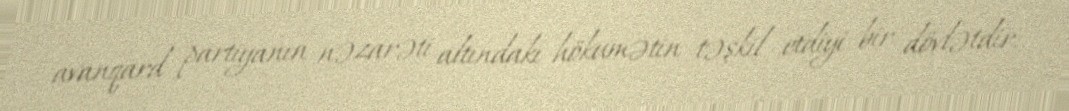
avanqard partiyanın nəzarəti altındakı hökumətin təşkil etdiyi bir dövlətdir.